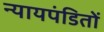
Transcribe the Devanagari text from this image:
न्यायपंडितों